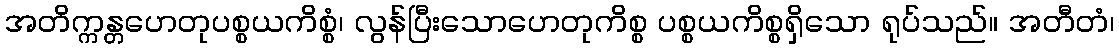
အတိက္ကန္တဟေတုပစ္စယကိစ္စံ၊ လွန်ပြီးသောဟေတုကိစ္စ ပစ္စယကိစ္စရှိသော ရုပ်သည်။ အတီတံ၊